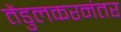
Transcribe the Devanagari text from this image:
तेंडुलकरनंतर